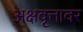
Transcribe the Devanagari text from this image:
अक्षवृत्तावर